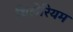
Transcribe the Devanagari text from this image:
थ्रिलेरियम